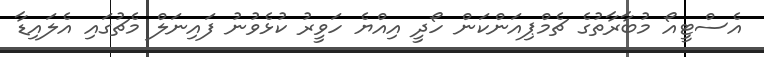
އެސްޓީއޯ މުބާރާތުގެ ޗެމްޕިއަންކަން ހޯދީ އިއްޔެ ހަވީރު ކުޅެވުނު ފައިނަލް މެޗުގައި އެލައިޑާ